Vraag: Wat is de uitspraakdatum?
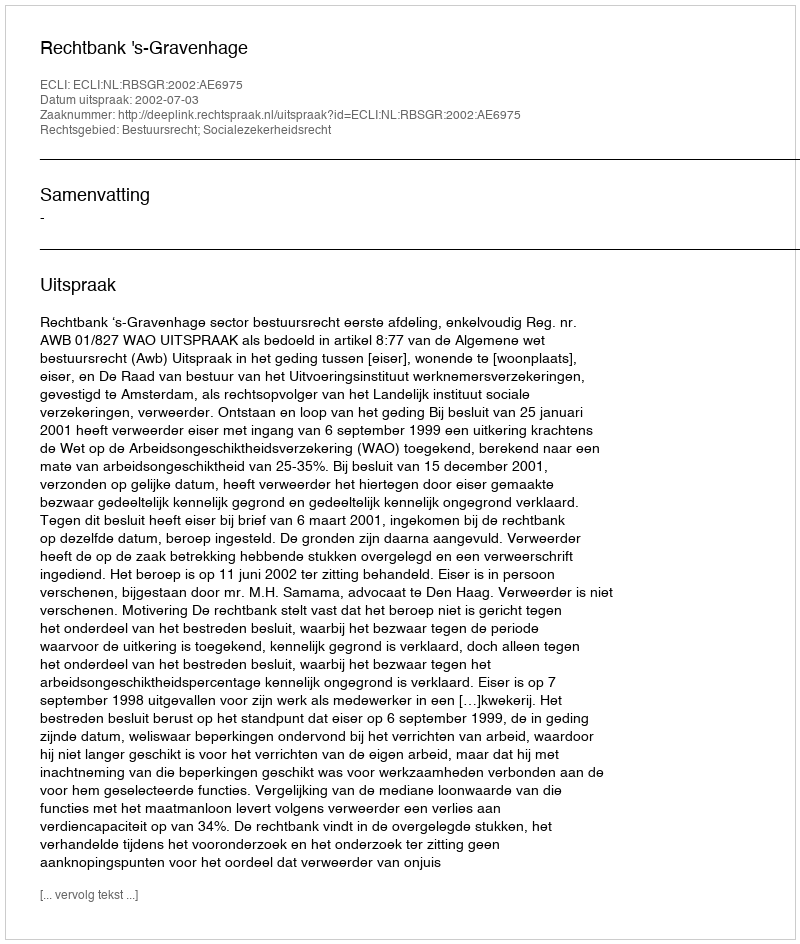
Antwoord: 2002-07-03